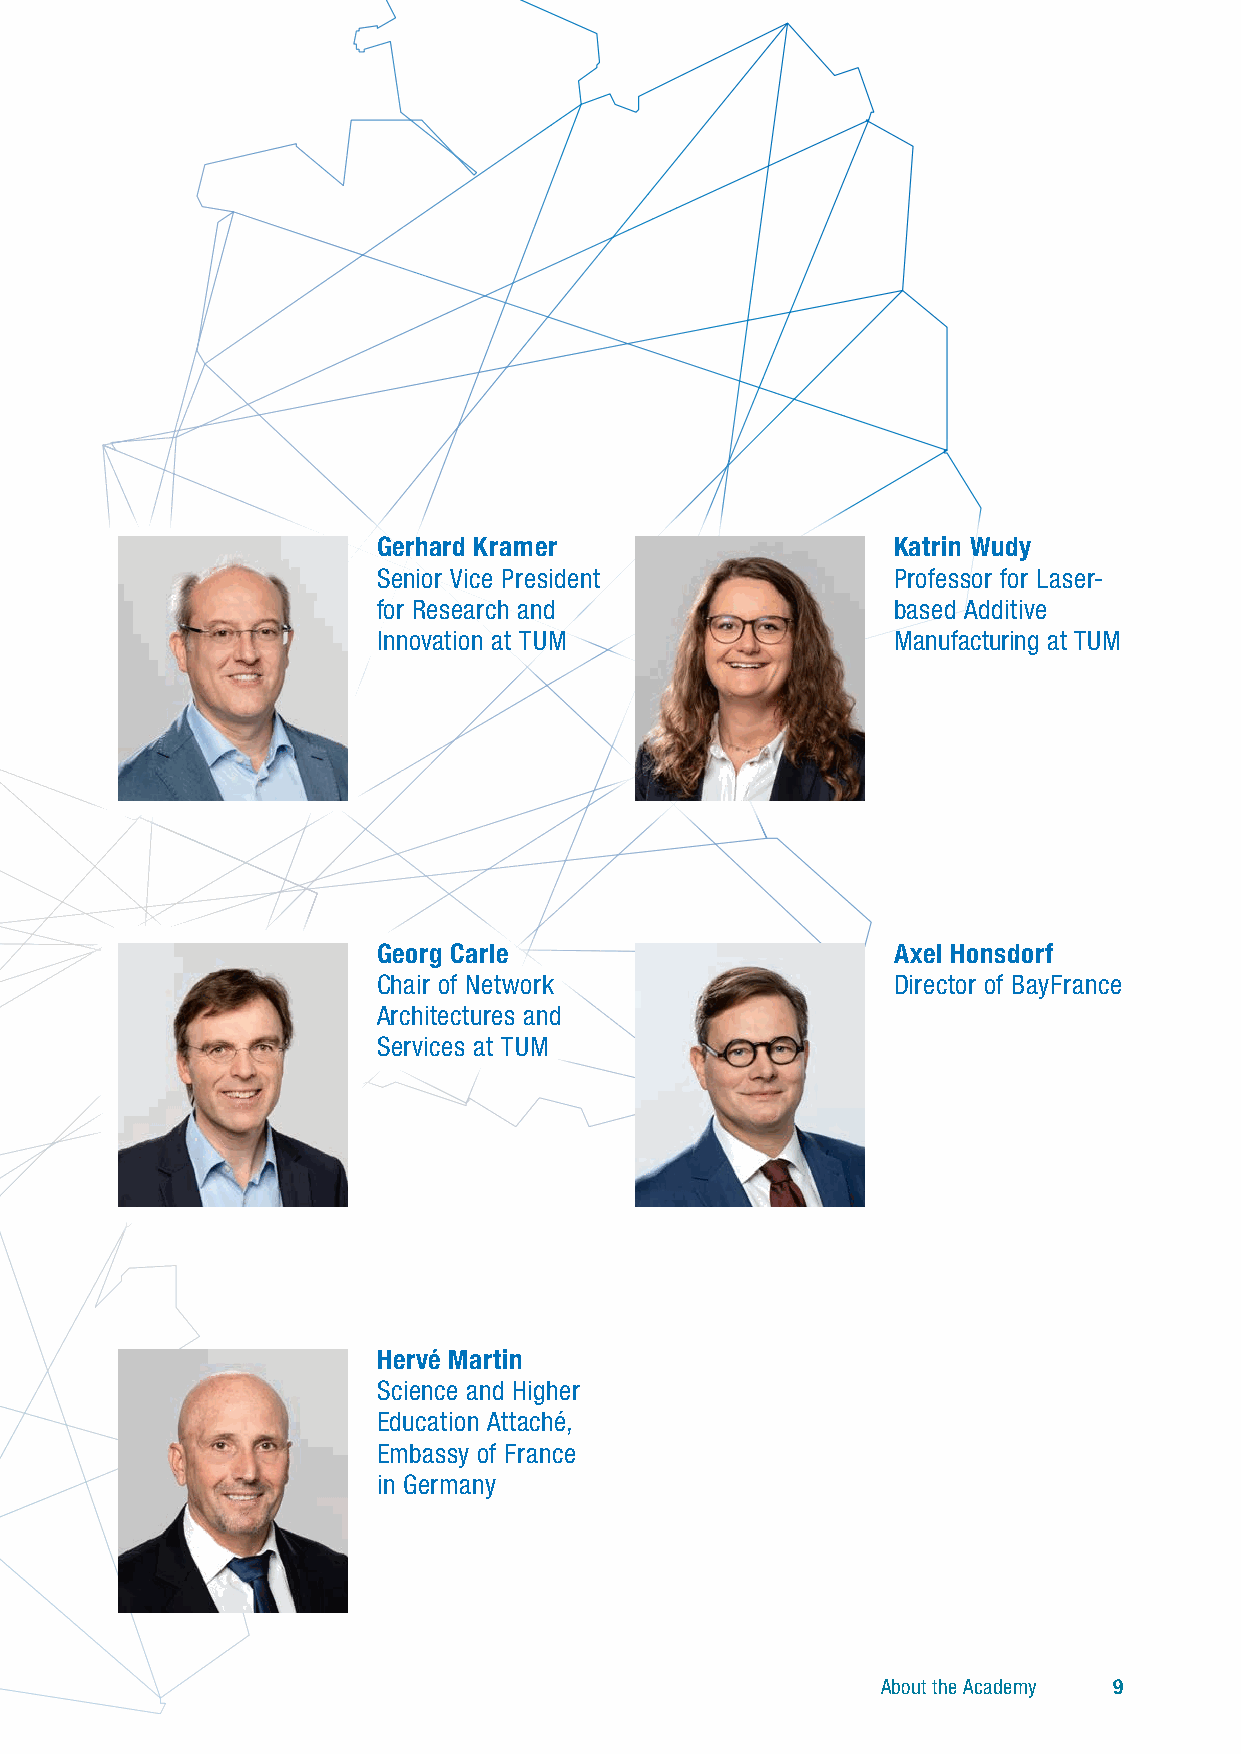
Gerhard Kramer                    Katrin Wudy
 Senior Vice President             Professor for Laser-
 for Research and                  based Additive
 Innovation at TUM                 Manufacturing at TUM
 Georg Carle                       Axel Honsdorf
 Chair of Network                  Director of BayFrance
 Architectures and
 Services at TUM
 Hervé Martin
 Science and Higher
 Education Attaché,
 Embassy of France
 in Germany
 About the Academy 9